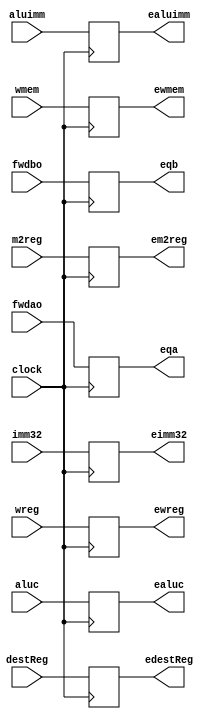
`timescale 1ns / 1ps

module IDEXEPipelineRegister(
input wreg,
input m2reg,
input wmem,
input [3:0] aluc,
input aluimm,
input [4:0] destReg,
input [31:0] fwdao,
input [31:0] fwdbo,
input [31:0] imm32,
input clock,

output reg ewreg,
output reg em2reg,
output reg ewmem,
output reg [3:0] ealuc,
output reg ealuimm,
output reg [4:0] edestReg,
output reg [31:0] eqa,
output reg [31:0] eqb,
output reg [31:0] eimm32);

    always @(posedge clock) begin
        ewreg <= wreg;
        em2reg <= m2reg;
        ewmem <= wmem;
        ealuc <= aluc;
        ealuimm <= aluimm;
        edestReg <= destReg;
        eqa <= fwdao; //                bits dont match 32 <= 2 ??
        eqb <= fwdbo;//                 bits dont match 32 <= 2 ???
        eimm32 <= imm32;
    end

endmodule